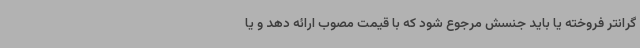
گرانتر فروخته یا باید جنسش مرجوع شود که با قیمت مصوب ارائه دهد و یا